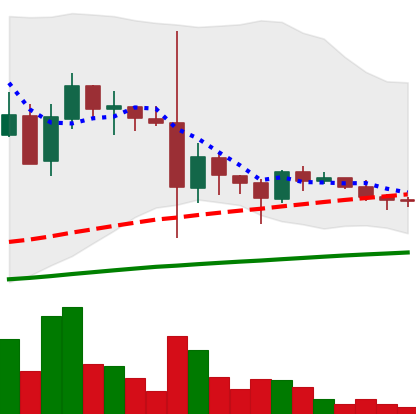
Ticker: DOGE-USD
Chart end date: 2021-05-30
Forward return: 24.518%
Label: up_7plus